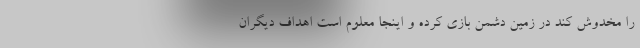
را مخدوش کند در زمین دشمن بازی کرده و اینجا معلوم است اهداف دیگران